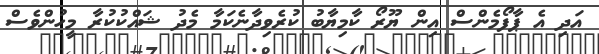
އަދި އެ ޕާފޯމެންސް އިން ޔޫރޯ ކާމިޔާބު ކުރެވިދާނެކަމާ މެދު ޝައްކުކުރާ މީހުންވެސް